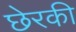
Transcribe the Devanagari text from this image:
छेरकी